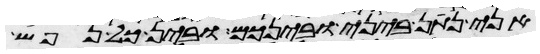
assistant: אני נתן ביני ובינכם ובין כל נפש